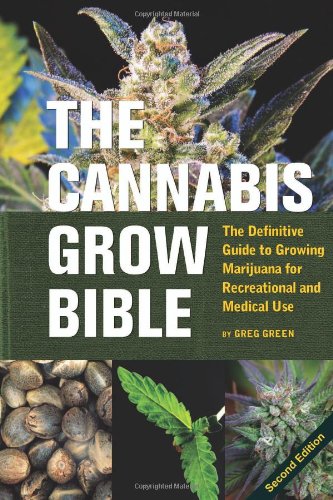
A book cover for The Cannabis Grow Bible: The Definitive Guide to Growing Marijuana for Recreational and Medical Use; Greg Green; Humor & Entertainment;